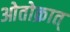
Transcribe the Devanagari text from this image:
ओतोक्रात्